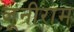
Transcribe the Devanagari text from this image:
जूनीराम